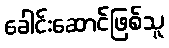
ခေါင်းဆောင်ဖြစ်သူ